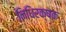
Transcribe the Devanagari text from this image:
निधिरक्षक